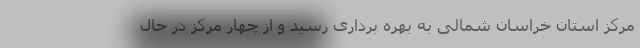
مرکز استان خراسان شمالی به بهره برداری رسید و از چهار مرکز در حال